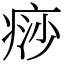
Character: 痧